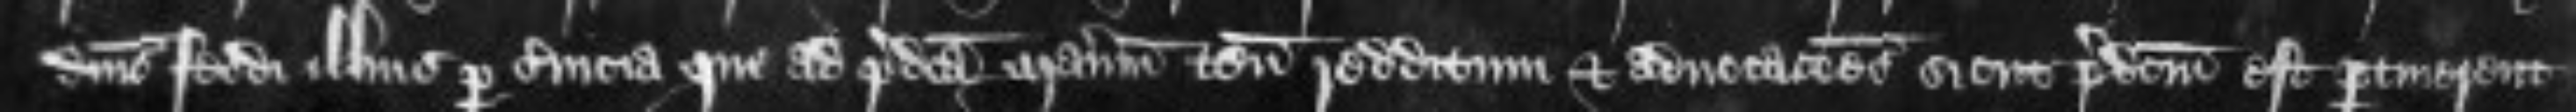
dominis feodi illius per servicia que ad predicta manerium tenementa redditum et advocationes sicut predictum est pertinerent